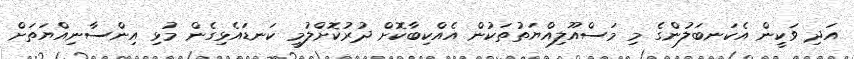
އަދި ވަކީން އެކަނބަލުންގެ މި މަސްއޫލިއްޔަތުތަކުން އެއްކިބާކޮށް ދުރުކޮށްލުމީ ކަނޑައެޅިގެން މުޅި އިންސާނިއްޔަތަށް